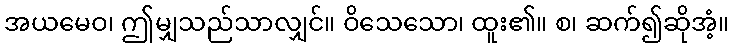
အယမေဝ၊ ဤမျှသည်သာလျှင်။ ဝိသေသော၊ ထူး၏။ စ၊ ဆက်၍ဆိုအံ့။